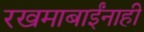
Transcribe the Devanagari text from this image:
रखमाबाईंनाही